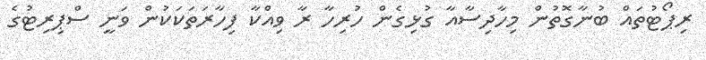
ރިޕޯޓުތައް ބުނާގޮތުން މިހާދިސާއާ ގުޅިގެން ހުރިހާ ރާ ވިއްކާ ފިހާރަތަކަކުން ވަނީ ސްޕިރިޓުގެ